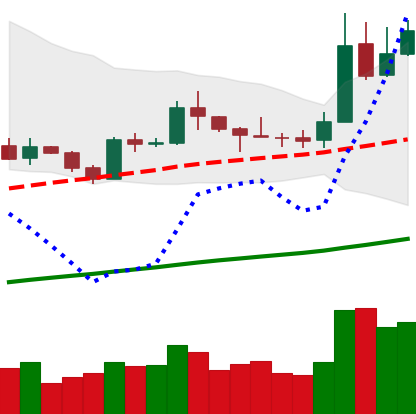
Ticker: LTC-USD
Chart end date: 2019-05-14
Forward return: 4.039%
Label: up_3_5